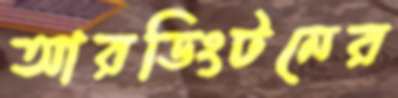
আরডিংটনের